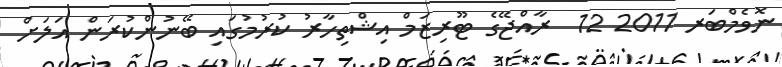
ނޮވެމްބަރ 2011 12  ރާއްޖޭގެ ޓޫރިޒަމް އިޝްތިހާރު ކުރުމުގައި ބޭނުންކުރަން އަލަށް